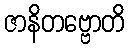
ဇာနိတဗ္ဗောတိ